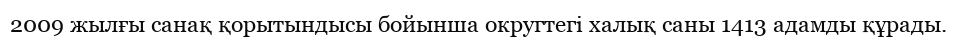
2009 жылғы санақ қорытындысы бойынша округтегі халық саны 1413 адамды құрады.